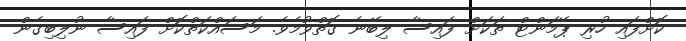
ކޮށްފައި ހުރި ޕޭމަންޓް ތަކަށް ފައިސާ ލިބޭނެ ގޮތްވުމެވެ. މަސައްކަތްކޮށް ފައިސާ ނުލިބިގެން